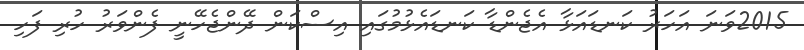
2015ވަނަ އަހަރު ކަނޑައަޅާ އެޖެންޑާ ކަނޑައެޅުމުގައި އިސްކަން ދޭންޖެހޭނީ ފެންވަރު ހުރި ފަހި